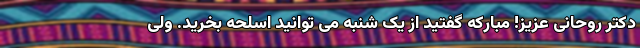
دکتر روحانی عزیز! مبارکه گفتید از یک شنبه می توانید اسلحه بخرید. ولی